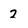
Character: 2